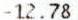
-12.78